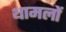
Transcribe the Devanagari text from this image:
थामलों